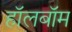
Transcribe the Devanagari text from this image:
हॉलबॉम